Civil Veterinary Dept. North-West Frontier Province 1901-22 - 1901-1922
Year: 1901
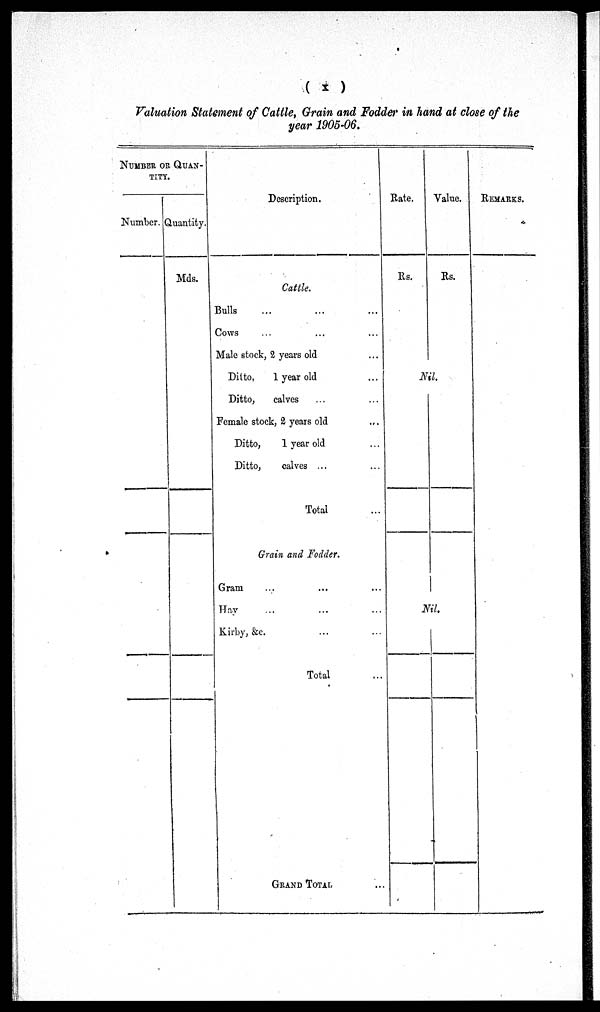
( x )
Valuation Statement of Cattle, Grain and Fodder in hand at close of the
year 1905-06.
NUMBER OR QUAN-
TITY.
Number. Quantity.
Mds.
Description.
Cattle.
Bulls ... ... ...
Cows ... ... ...
Male stock, 2 years old ...
Ditto,
1 year old ...
Ditto,
calves ...
Female stock, 2 years old ...
Ditto,
1 year old ...
Ditto,
calves ...
Total
Grain and Fodder.
Gram ... ... ...
Hay ... ... ...
Kirby, &c. ... ...
Total ...
GRAND TOTAL ...
Hate.
Rs.
Value.
Rs.
Nil.
Nil.
REMARKS.